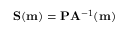
\mathbf { S } ( \mathbf { m } ) = \mathbf { P } \mathbf { A } ^ { - 1 } ( \mathbf { m } )